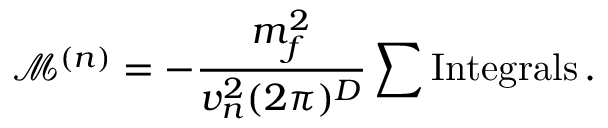
\mathcal { M } ^ { ( n ) } = - \frac { m _ { f } ^ { 2 } } { v _ { n } ^ { 2 } ( 2 \pi ) ^ { D } } \sum \mathrm { I n t e g r a l s } \, .